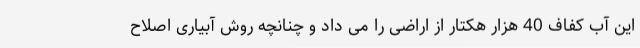
این آب کفاف 40 هزار هکتار از اراضی را می داد و چنانچه روش آبیاری اصلاح